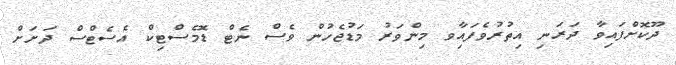
ދޫކޮށްފައިވާ ދަރަނި އިތުރުވެފައިާވ މިންވަރު މަޑުޖެހުން ވެސް ނެޓް ޑޮމެސްޓިކް އެސެޓްސް ދަށަށް